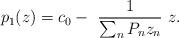
LaTeX: \begin{align*}p_1(z) = c_0 -~\frac{1}{\sum_n P_n z_n} ~z.\end{align*}